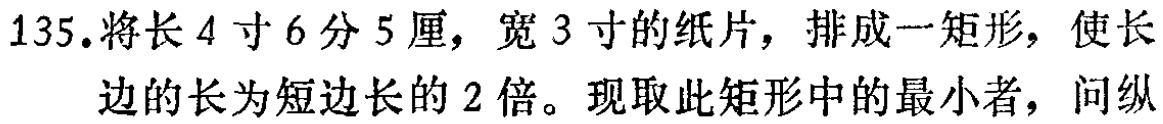
135.将长4寸6分5厘，宽3寸的纸片，排成一矩形，使长边的长为短边长的2倍。现取此矩形中的最小者，问纵